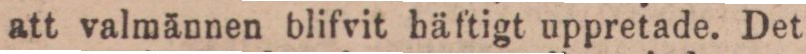
att valmännen blifvit häftigt uppretade. Det